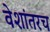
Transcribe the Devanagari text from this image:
वेशांतरच